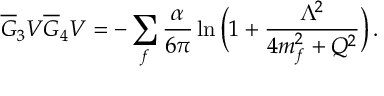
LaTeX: \overline { { G } } _ { 3 } V \overline { { G } } _ { 4 } V = - \sum _ { f } { \frac { \alpha } { 6 \pi } } \ln { \bigg ( 1 + { \frac { \Lambda ^ { 2 } } { 4 m _ { f } ^ { 2 } + Q ^ { 2 } } } \bigg ) } \, .